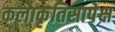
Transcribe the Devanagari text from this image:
कलाकृतिसापेक्ष